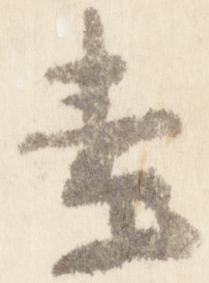
素